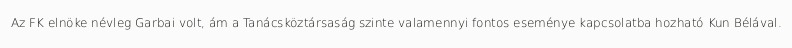
Az FK elnöke névleg Garbai volt, ám a Tanácsköztársaság szinte valamennyi fontos eseménye kapcsolatba hozható Kun Bélával.